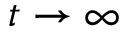
t \rightarrow \infty